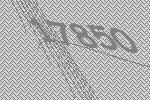
17850